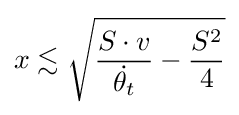
x\lesssim {\sqrt {{\frac {S\cdot v}{\dot {\theta _{t}}}}-{\frac {S^{2}}{4}}}}